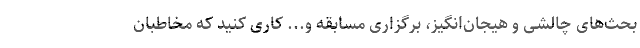
بحث‌های چالشی و هیجان‌انگیز، برگزاری مسابقه و... کاری کنید که مخاطبان